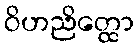
ဝိဟညိတ္ထော